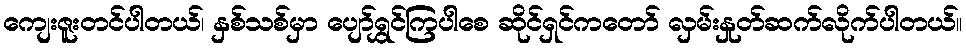
ကျေးဇူးတင်ပါတယ်၊ နှစ်သစ်မှာ ပျော်ရွှင်ကြပါစေ ဆိုင်ရှင်ကတော် လှမ်းနှုတ်ဆက်လိုက်ပါတယ်။